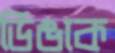
ডিঙাক